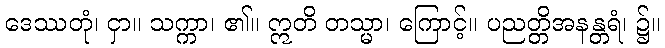
ဒေဿတုံ၊ ငှာ။ သက္ကာ၊ ၏။ ဣတိ တသ္မာ၊ ကြောင့်။ ပညတ္တိအနန္တရံ၊ ၌။